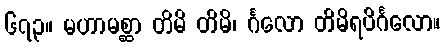
၆၇၃။ မဟာမစ္ဆာ တိမိ တိမိ၊ င်္ဂလော တိမိရပိင်္ဂလော။